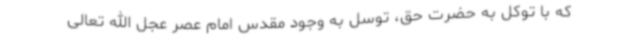
که با توکل به حضرت حق، توسل به وجود مقدس امام عصر عجل الله تعالی